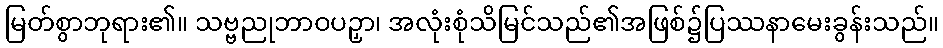
မြတ်စွာဘုရား၏။ သဗ္ဗညုဘာဝပဉှာ၊ အလုံးစုံသိမြင်သည်၏အဖြစ်၌ပြဿနာမေးခွန်းသည်။